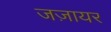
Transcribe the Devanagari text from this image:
जज़ायर